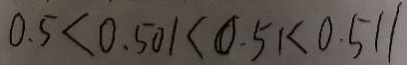
0 . 5 < 0 . 5 0 1 < 0 . 5 1 < 0 . 5 1 1